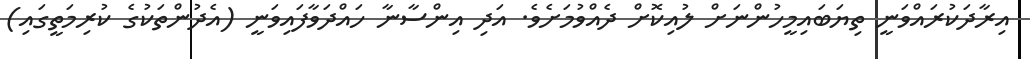
އިރާދަކުރައްވަނީ ތިޔަބައިމީހުންނަށް ލުއިކޮށް ދެއްވުމަށެވެ. އަދި އިންސާނާ ހައްދަވާފައިވަނީ (އެދުންތަކުގެ ކުރިމަތީގައި)